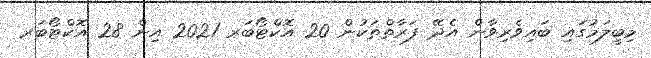
މިބީލަމުގައި ބައިވެރިވާން އެދޭ ފަރާތްތަކުން 20 އޮކްޓޯބަރ 2021 އިން 28 އޮކްޓޯބަރ